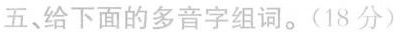
五、给下面的多音字组词。(18分)